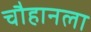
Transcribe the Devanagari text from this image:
चौहानला